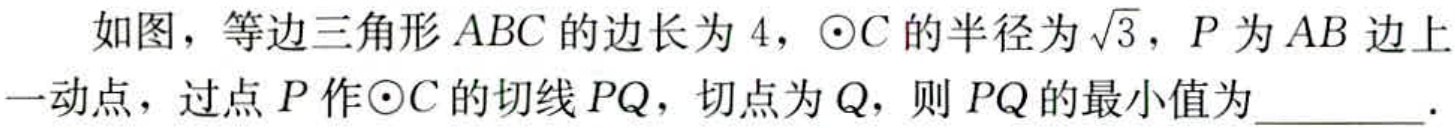
如图，等边三角形\(ABC\)的边长为\(4\)，\(\odot C\)的半径为\(\sqrt{3}\)，\(P\)为\(AB\)边上一动点，过点\(P\)作\(\odot C\)的切线\(PQ\)，切点为\(Q\)，则\(PQ\)的最小值为________.